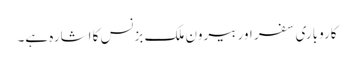
کاروباری سفر اور بیرون ملک بزنس کا اشارہ ہے۔